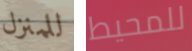
للمنزل للمحيط